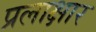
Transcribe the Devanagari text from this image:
प्रलाक्षार